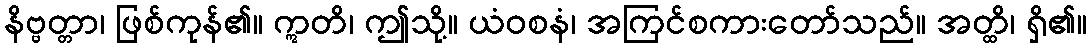
နိဗ္ဗတ္တာ၊ ဖြစ်ကုန်၏။ ဣတိ၊ ဤသို့။ ယံဝစနံ၊ အကြင်စကားတော်သည်။ အတ္ထိ၊ ရှိ၏။